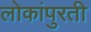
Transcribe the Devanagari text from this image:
लोकांपुरती